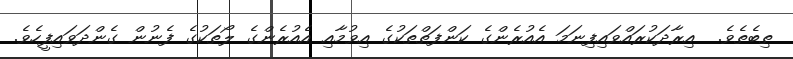
ތިބެތެވެ.  އިރާދަކުރައްވައިފިނަމަ އެއުރެންގެ ކަންފަތްތަކުގެ އިވުމާއި އެއުރެންގެ ލޯތަކުގެ ފެނުން ގެންދަވައިފީހެވެ.